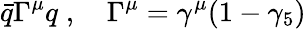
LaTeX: \bar{q}\Gamma^{\mu}q\; ,\quad\Gamma^{\mu}=\gamma^{\mu}(1-\gamma_{5})